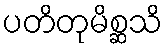
ပတိတုမိစ္ဆသိ